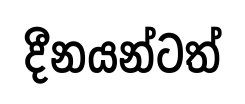
දීනයන්ටත්